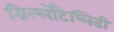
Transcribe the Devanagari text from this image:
ग्रिल्लोटैप्लिडी